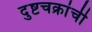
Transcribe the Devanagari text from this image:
दुष्टचक्रांची